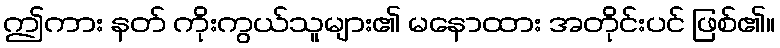
ဤကား နတ် ကိုးကွယ်သူများ၏ မနောထား အတိုင်းပင် ဖြစ်၏။